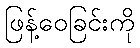
ဖြန့်ဝေခြင်းကို